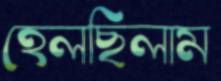
হেলছিলাম